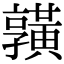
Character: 𪏆